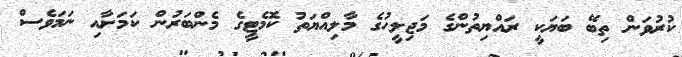
ކުރުވަން ތިބޭ ބަޔަކީ ރައްޔިތުންގެ މަޖިލީހުގެ މާލިއްޔަތު ކޮމެޓީގެ މެންބަރުން ކަމަށާއި ނަމަވެސް